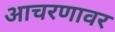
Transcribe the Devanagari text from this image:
आचरणावर